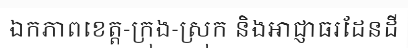
ឯកភាពខេត្ត-ក្រុង-ស្រុក និងអាជ្ញាធរដែនដី